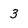
Character: 3